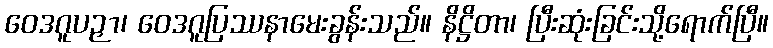
ဝေဒဂူပဉှာ၊ ဝေဒဂူပြဿနာမေးခွန်းသည်။ နိဋ္ဌိတာ၊ ပြီးဆုံးခြင်းသို့ရောက်ပြီ။